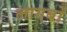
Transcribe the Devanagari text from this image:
लागबों